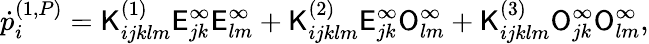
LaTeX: \dot{p}_{i}^{(1,P)}=\mathsf{K}_{ijklm}^{(1)}\mathsf{E}_{jk}^{\infty}\mathsf{E}_{lm}^{\infty}+\mathsf{K}_{ijklm}^{(2)}\mathsf{E}_{jk}^{\infty}\mathsf{O}_{lm}^{\infty}+\mathsf{K}_{ijklm}^{(3)}\mathsf{O}_{jk}^{\infty}\mathsf{O}_{lm}^{\infty},